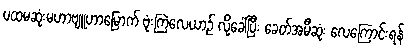
ပထမဆုံးမဟာဗျူဟာမြောက် ဗုံးကြဲလေယာဉ် လို့ခေါ်ပြီး ခေတ်အမီဆုံး လေကြောင်းရန်